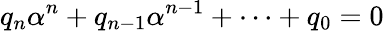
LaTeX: q_{n}\alpha^{n}+q_{n-1}\alpha^{n-1}+\cdots+q_{0}=0